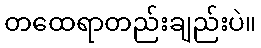
တထေရာတည်းချည်းပဲ။